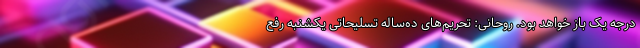
درجه یک باز خواهد بود. روحانی: تحریم‌های ده‌ساله تسلیحاتی یکشنبه رفع